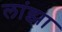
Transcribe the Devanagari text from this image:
लांझा